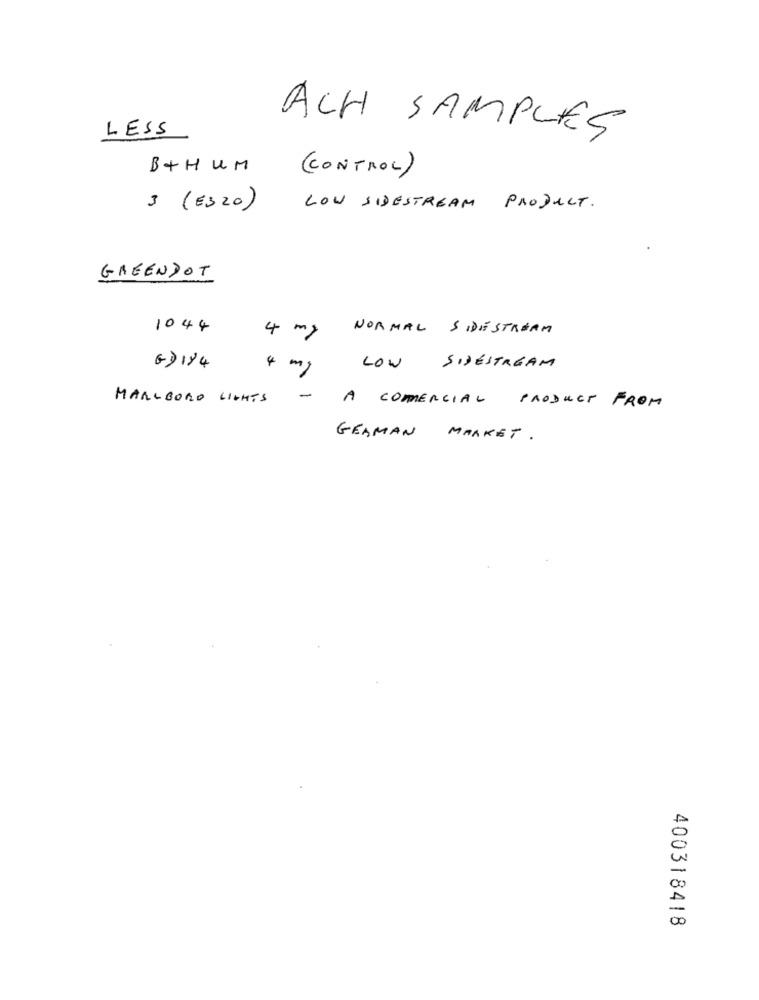
LESS
ACH SAMPLES
B+ HUM
(CONTROL)
3 (E320)
LOW SIDESTREAM PRODUCT.
GREENDOT
1044
NORMAL SIDESTREAM
4 mg
G) 184
4 mg
LOW SIDESTREAM
-
MARLBORO LIGHTS
A COMERCIAL PRODUCT FROM
GERMAN MARKET .
=
00
400318418